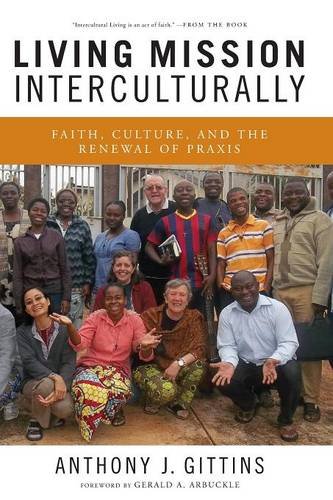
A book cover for Living Mission Interculturally: Faith, Culture, and the Renewal of Praxis; Anthony J. Gittins CSSp; Christian Books & Bibles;